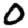
Digit: 0